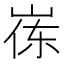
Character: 𮱪